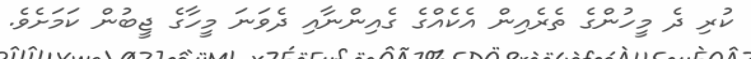
ކުރި ދެ މީހުންގެ ތެރެއިން އެކެއްގެ ގެއިންނާއި ދެވަނަ މީހާގެ ޖީބުން ކަމަށެވެ.